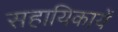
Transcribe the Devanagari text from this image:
सहायिकायें